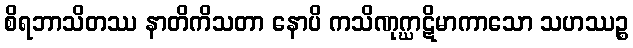
စိရဘာသိတဿ နာတိကိသတာ နောပိ ကသိဏုဂ္ဃာဋိမာကာသော သဟဿဉ္စ